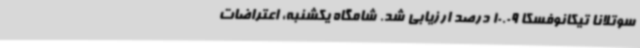
سوتلانا تیکانوفسکا 10.09 درصد ارزیابی شد. شامگاه یکشنبه، اعتراضات